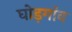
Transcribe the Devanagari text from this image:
घोड़गांव